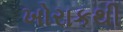
ખોરાકથી